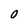
Character: 0